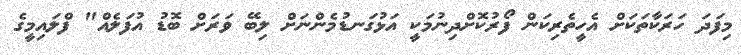
މިފަދަ ހަރަކާތަކަށް އެހީތެރިކަން ފޯރުކޮށްދިނުމަކީ އަޅުގަނޑުމެންނަށް ލިބޭ ވަރަށް ބޮޑު އުފަލެއް" ފްލައިމީގެ